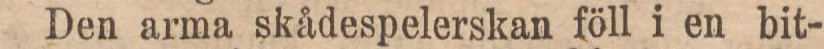
Den arma skådespelerskan föll i en bit-